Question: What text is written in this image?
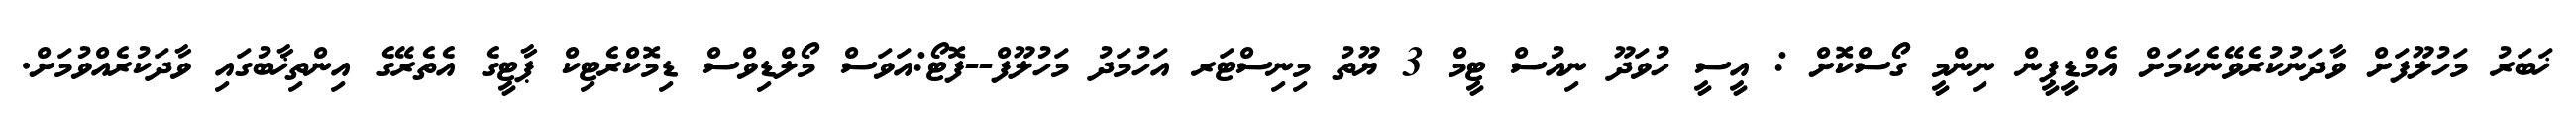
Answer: ޚަބަރު މަހުލޫފަށް ވާދަނުކުރެވޭނެކަމަށް އެމްޑީޕީން ނިންމީ ގޯސްކޮށް : އީސީ ހުވަދޫ ނިއުސް ޓީމް 3 ޔޫތު މިނިސްޓަރ އަހުމަދު މަހުލޫފް--ފޮޓޯ:އަވަސް މޯލްޑިވްސް ޑިމޮކްރެޓިކް ޕާޓީގެ އެތެރޭގެ އިންތިޚާބުގައި ވާދަކުރެއްވުމަށް.